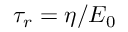
\tau _ { r } = \eta / E _ { 0 }